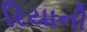
રિયાની